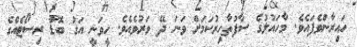
ހައިރާންވެފައެވެ. މާހައުލުގެ ސާފުތާހިރުކަމަށް ވަނަ ދޭ ވަރުވެއެވެ. ހީވަނީ އަގު ބޮޑު ރިސޯޓެއްގެ